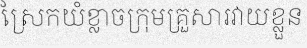
ស្រែកយំខ្លាចក្រុមគ្រួសារវាយខ្លួន